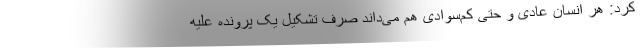
کرد: هر انسان عادی و حتی کم‌سوادی هم می‌داند صرف تشکیل یک پرونده علیه